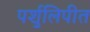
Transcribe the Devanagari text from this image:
पर्शुलिपीत